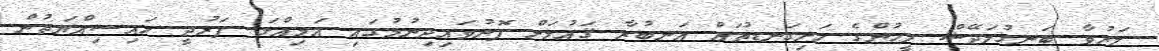
މަރުވާ ބަނގުލަދޭޝް މީހުންގެ ހަށިގަނޑުތައް އަނބުރާ ޤައުމަށް ފޮނުވައިދިނުމުގައި އަމިއްލަ ފަރުދީ ހައިސިއްޔަތުން